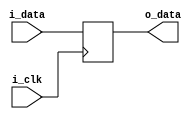
`timescale 1ns / 1ps


module FF_16bit(
    input               i_clk,
    input [15:0]        i_data,
    output reg [15:0]   o_data
    );
    
    always@(posedge i_clk)begin
        o_data <= i_data;
    end
endmodule